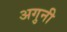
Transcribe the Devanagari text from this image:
अगुनी